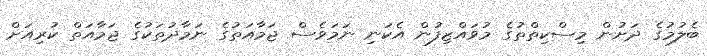
ބެލުމުގެ ދަށުން މިސްކިތްތުގެ މުވައްޒިފުން އެކަނި ނަމަވެސް ޖަމާއަތުގެ ނަމާދުތަކުގެ ޖަމާއަތް ކުރިއަށް